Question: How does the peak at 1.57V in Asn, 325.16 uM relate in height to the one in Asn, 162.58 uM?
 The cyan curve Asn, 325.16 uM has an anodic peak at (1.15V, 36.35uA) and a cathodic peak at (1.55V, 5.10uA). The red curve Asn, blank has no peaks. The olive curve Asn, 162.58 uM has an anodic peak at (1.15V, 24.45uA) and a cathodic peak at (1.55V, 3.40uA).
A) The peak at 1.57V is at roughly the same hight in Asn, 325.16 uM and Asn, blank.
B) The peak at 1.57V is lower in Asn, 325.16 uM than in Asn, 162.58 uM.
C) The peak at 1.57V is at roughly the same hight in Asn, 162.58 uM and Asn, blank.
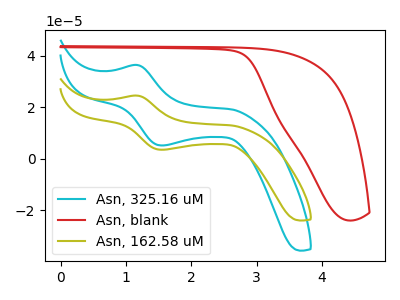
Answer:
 <answer>B) The peak at 1.57V is lower in "Asn, 325.16 uM" than in "Asn, 162.58 uM".</answer>
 <eval>B</eval>